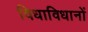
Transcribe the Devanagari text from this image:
विधाविधानों